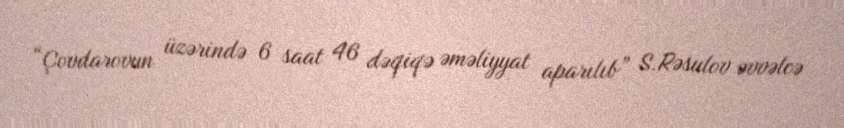
“Çovdarovun üzərində 6 saat 46 dəqiqə əməliyyat aparılıb” S.Rəsulov əvvəlcə